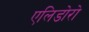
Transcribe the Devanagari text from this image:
एलिडोरो